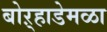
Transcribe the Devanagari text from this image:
बोऱ्हाडेमळा